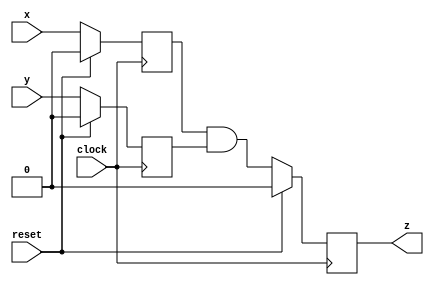
/**
* Exercise 3.4
* you can change the code below freely
  * */
module reg_and_reg(
  input wire clock,
  input wire reset,
  input wire x,
  input wire y,
  output reg z
);

  reg reg_x;
  reg reg_y;

  always @(posedge clock) begin
    if (reset) begin
        reg_x <= 0;
        reg_y <= 0;
        z <= 0;
    end else begin
        reg_x <= x;
        reg_y <= y;
        z <= reg_x & reg_y;
    end
  end
endmodule